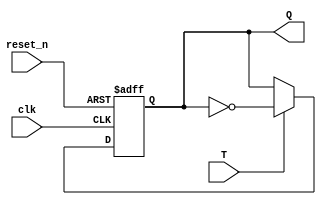
module T_FF(
input T,
input clk, reset_n,
output Q
);
localparam C2Q_delay = 2; //for simu
reg Q_reg;
wire Q_next;

always @(posedge clk, negedge reset_n)
begin
    if(!reset_n)
    Q_reg <= 1'b0;
    else
    # C2Q_delay Q_reg <= Q_next;
end

assign Q_next = T? ~Q_reg:Q_reg;
assign Q = Q_reg;
endmodule